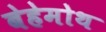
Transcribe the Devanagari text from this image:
बेहेमोथ